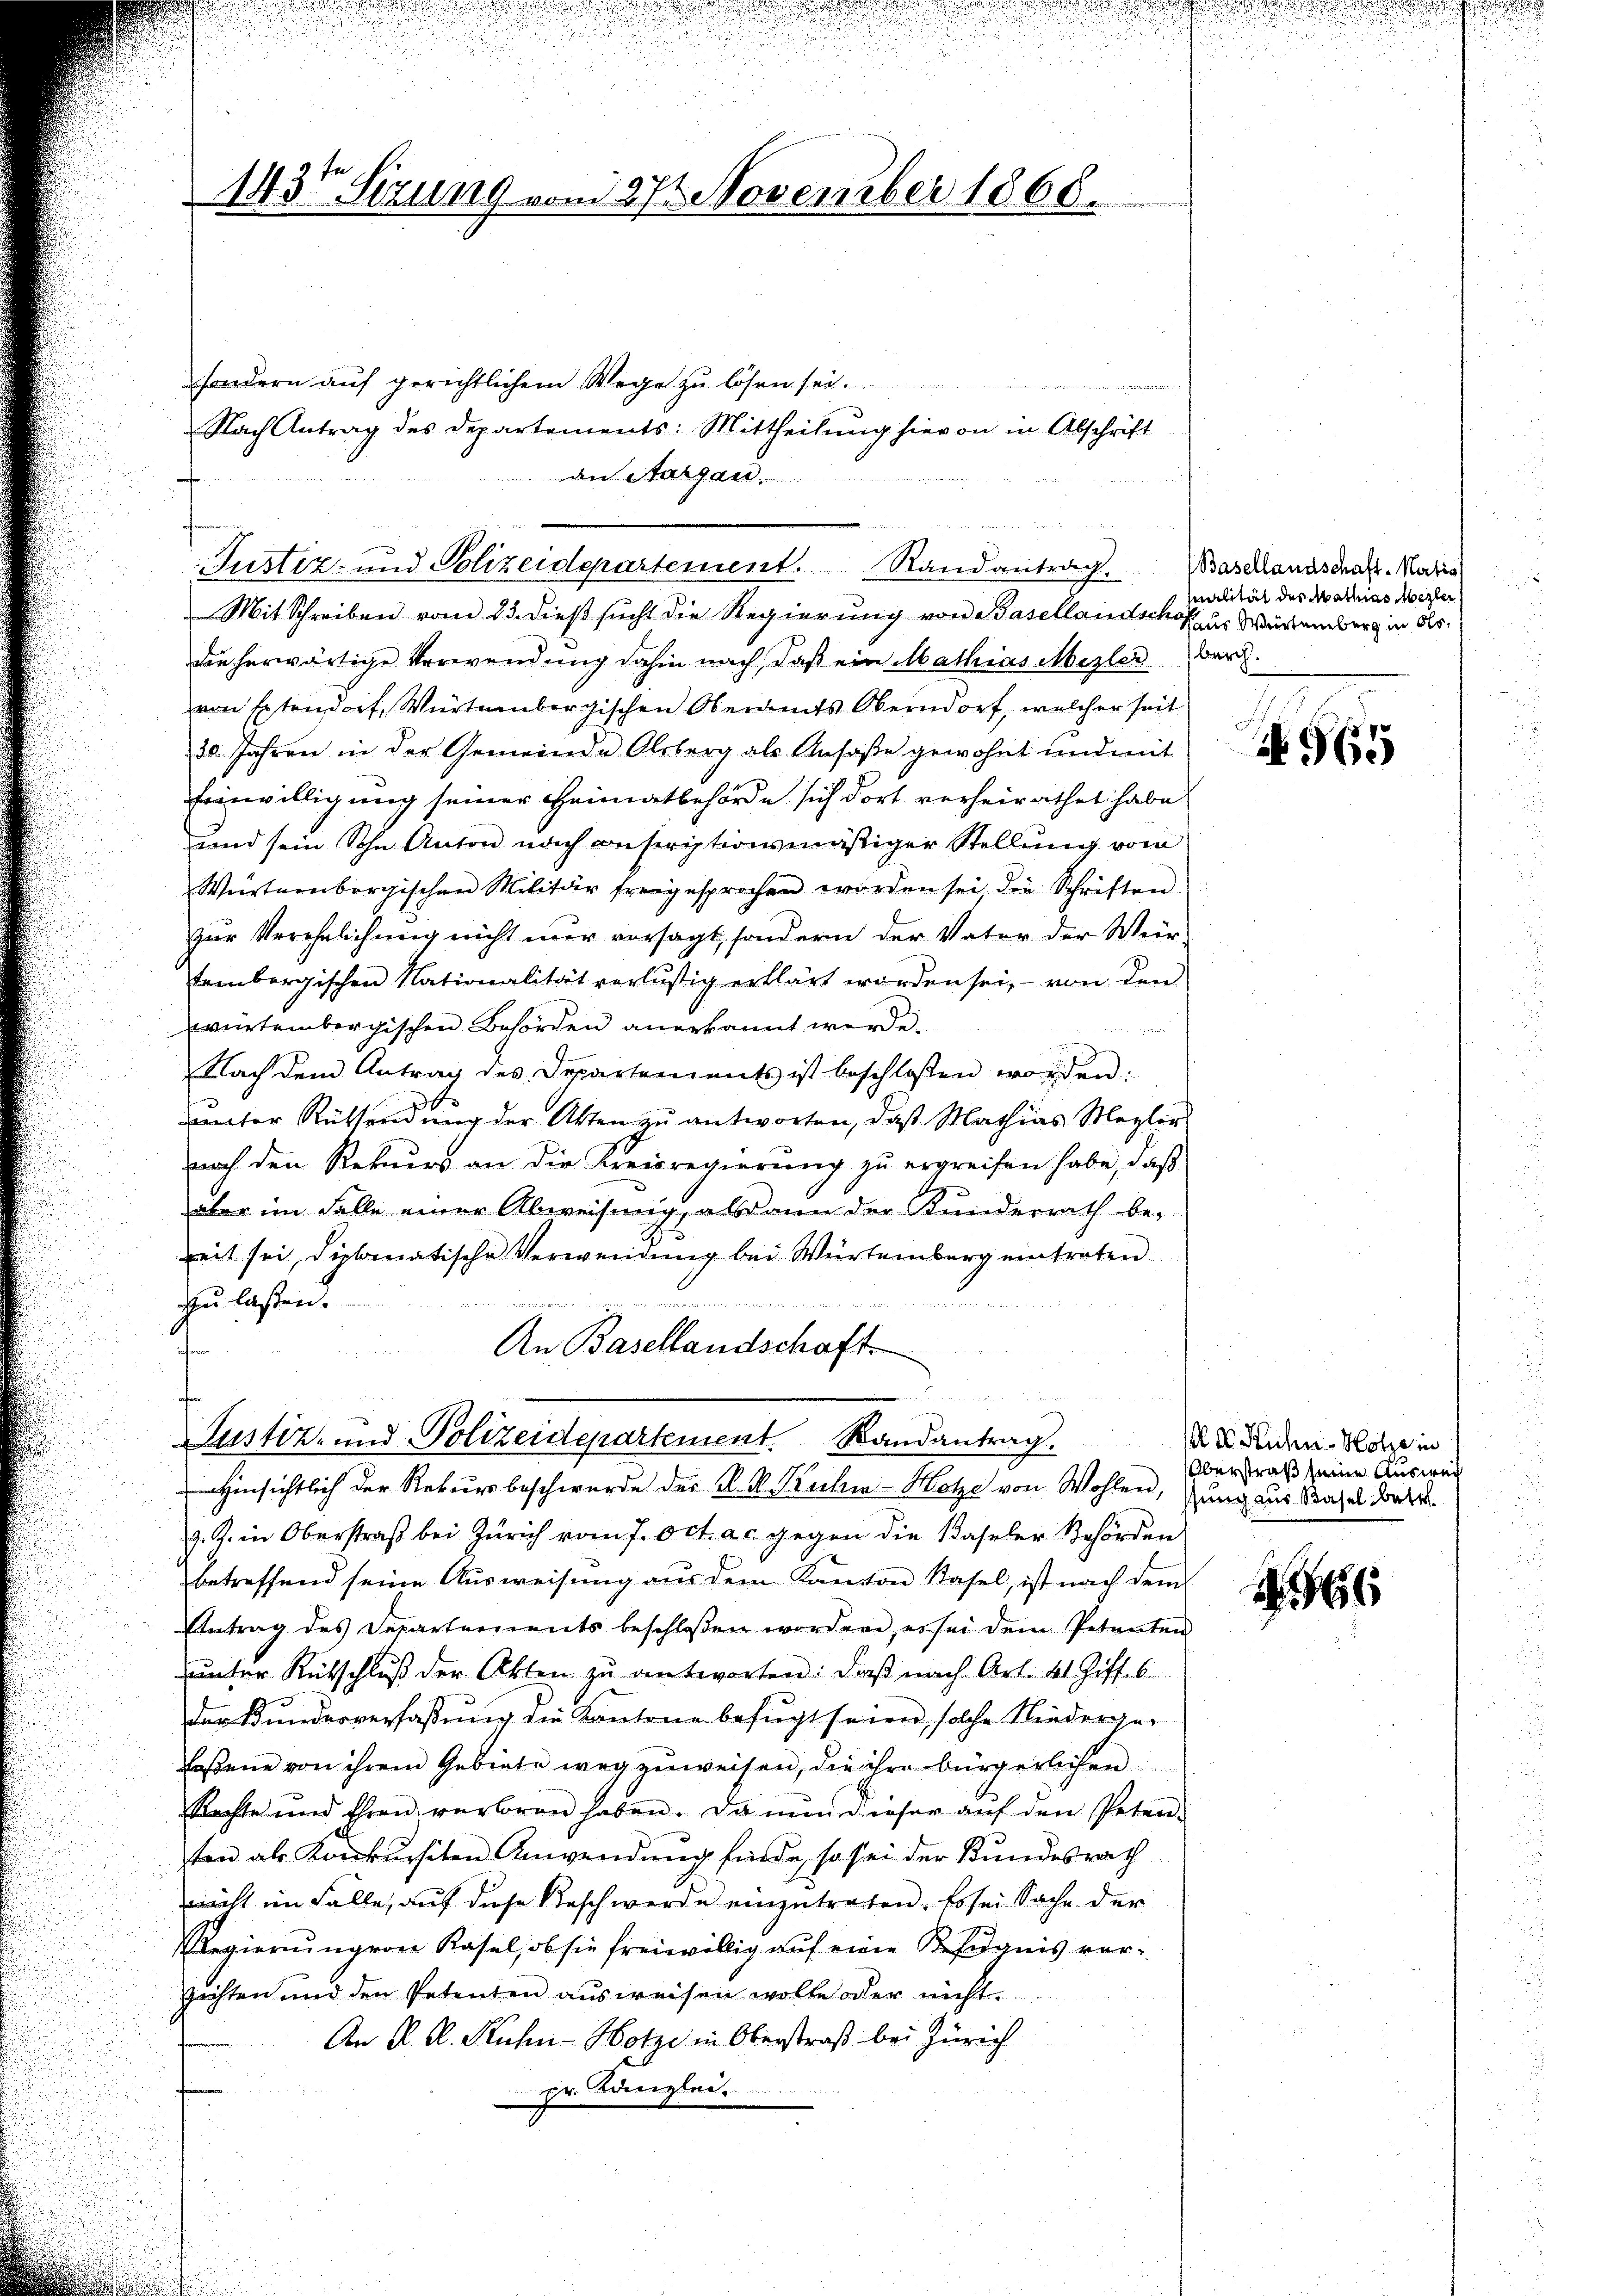
143t Sizung vom 27 November 1868.

sondern auf gerichtlichem Wege zu lösen sei
Nach Antrag des Departements: Mittheilŭng hievon in Abschrift
an Aargau.

Justiz- und Polizeidepartement. Randantrag.

Justiz- und Polizeidepartement Randantrag.
Hinsichtlich der Rekursbeschwerde der A. v. Kuchi-Hotze von Wohlen, ung aus Stahel betr.

.

Mit Schreiben vom 23. dieß sucht die Regierung von Basellandschöf
dee herwärtige Verwendung dahin nach, daß ein Mathias Mesler Bar.
von Erstendorf, Würtembergischen Oberamts Oberndorf, welcher seit
30 Jahren in der Gemeinde Alsberg als Ansäße gewohnt und mit
Einwilligung seiner Heimatbehörde sich dort verheirathet habe
und sein Sohn Anton nach anscriptionsmäßiger Stellung vom
Würtembergischen Militär freigesprochen worden sei, die Schriften
zur Verehelichung nicht nur vorsagt, sondern der Vater der Wür-
tembergischen Nationalität verlustig erklärt worden sei, von den
würtembergischen Behörden anerkannt werde.

Nach dem Antrag des Departements ist beschlossen worden:
uunter Rüksendung der Akten zu antworten, daß Mathias Megler
nach den Rekurs an die Kreisregierung zu ergreifen habe, daß
aber im Falle einer Abweisung, alsdann der Kunderrath be-
Zeit sei, diplomatische Verwendung bei Würtemberg eintreten
zu lassen.
An Basellandschaft

z. Z. in Oberstraß bei Zürich vom 7. Oct. a. c. gegen die Baseler Behörden
betreffend seine Ausweisung aus dem Kanton Basel, ist nach dem
Antrag des Departements beschlossen worden, es sei dem Petenten
unter Rütschluß der Akten zu antworten: Daß nach Art. 41 Ziff. 6
der Bundesverfassung die Kantone besucht seinen, solche Niederge-
lassene von ihrem Gebiete weg zuweisen, die ihre bürgerlichen
Rechte und Ehren verloren haben. Da nun dieser aŭf den Peten-
sten als Konkursiten Anwendung finde, so sei der Bundesrath
nicht im Falle, auf diese Besch werde einzutreten. Es sei Sache der
Regierungen Kasel, ob sie freiwillig auf eine Befugnis verzichten und den Petenten ausweisen wolle oder nicht
An K. A. Kuhn-Hotze in Oberstraß bei Zürich
pr. Kanzlei.

(Basellandschaft. Martia
Malität des Mathias Mezler
Haus Würtemberg in Ols.

N 565

E. Kuhn-Hotze in
Überstraß seine Auswei

266